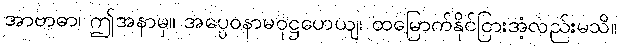
အာဗာဓာ၊ ဤအနာမှ။ အပ္ပေဝနာမဝုဋ္ဌဟေယျ၊ ထမြောက်နိုင်ငြားအံ့လည်းမသိ။